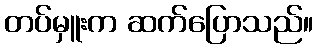
တပ်မှူးက ဆက်ပြောသည်။